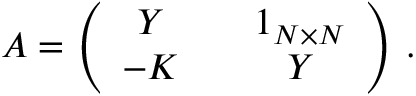
\begin{array} { r } { \boldsymbol { A } = \left( \begin{array} { c c } { \boldsymbol { Y } \quad } & { \boldsymbol { 1 } _ { N \times N } } \\ { - \boldsymbol { K } \quad } & { \boldsymbol { Y } } \end{array} \right) \, . } \end{array}